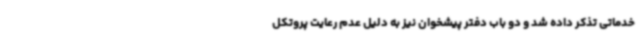
خدماتی تذکر داده شد و دو باب دفتر پیشخوان نیز به دلیل عدم رعایت پروتکل